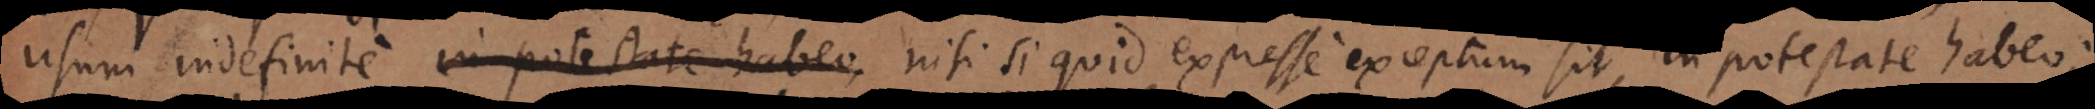
usum indefinite nisi si quid expresse exceptum sit, in potestate hab